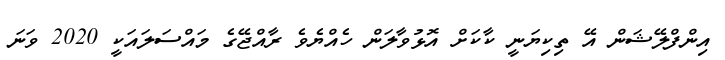
އިންފްލޭޝަން އޭ ތިކިޔަނީ ކާކަށް އޮޅުވާލަން ހެއްޔެވެ ރާއްޖޭގެ މައްސަލައަކީ 2020 ވަނަ